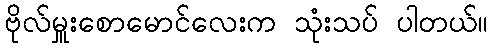
ဗိုလ်မှူးစောမောင်လေးက သုံးသပ် ပါတယ်။